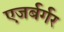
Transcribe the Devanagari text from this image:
एजर्बर्गर